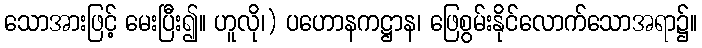
သောအားဖြင့် မေးပြီး၍။ ဟူလို၊) ပဟောနကဋ္ဌာန၊ ဖြေစွမ်းနိုင်လောက်သောအရာ၌။